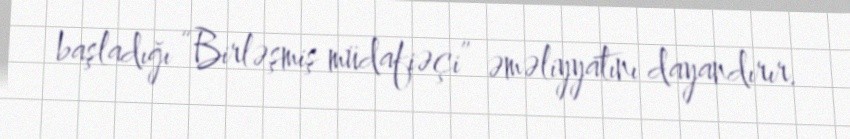
başladığı “Birləşmiş müdafiəçi” əməliyyatını dayandırır.